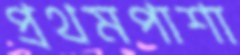
প্রথমপাশা